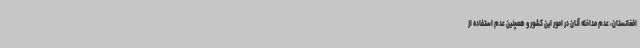
افغانستان، عدم مداخله آنان در امور این کشور و همچنین عدم استفاده از